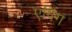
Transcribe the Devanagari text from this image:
एपिंग